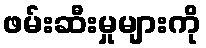
ဖမ်းဆီးမှုများကို